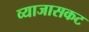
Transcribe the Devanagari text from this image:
व्याजासकट